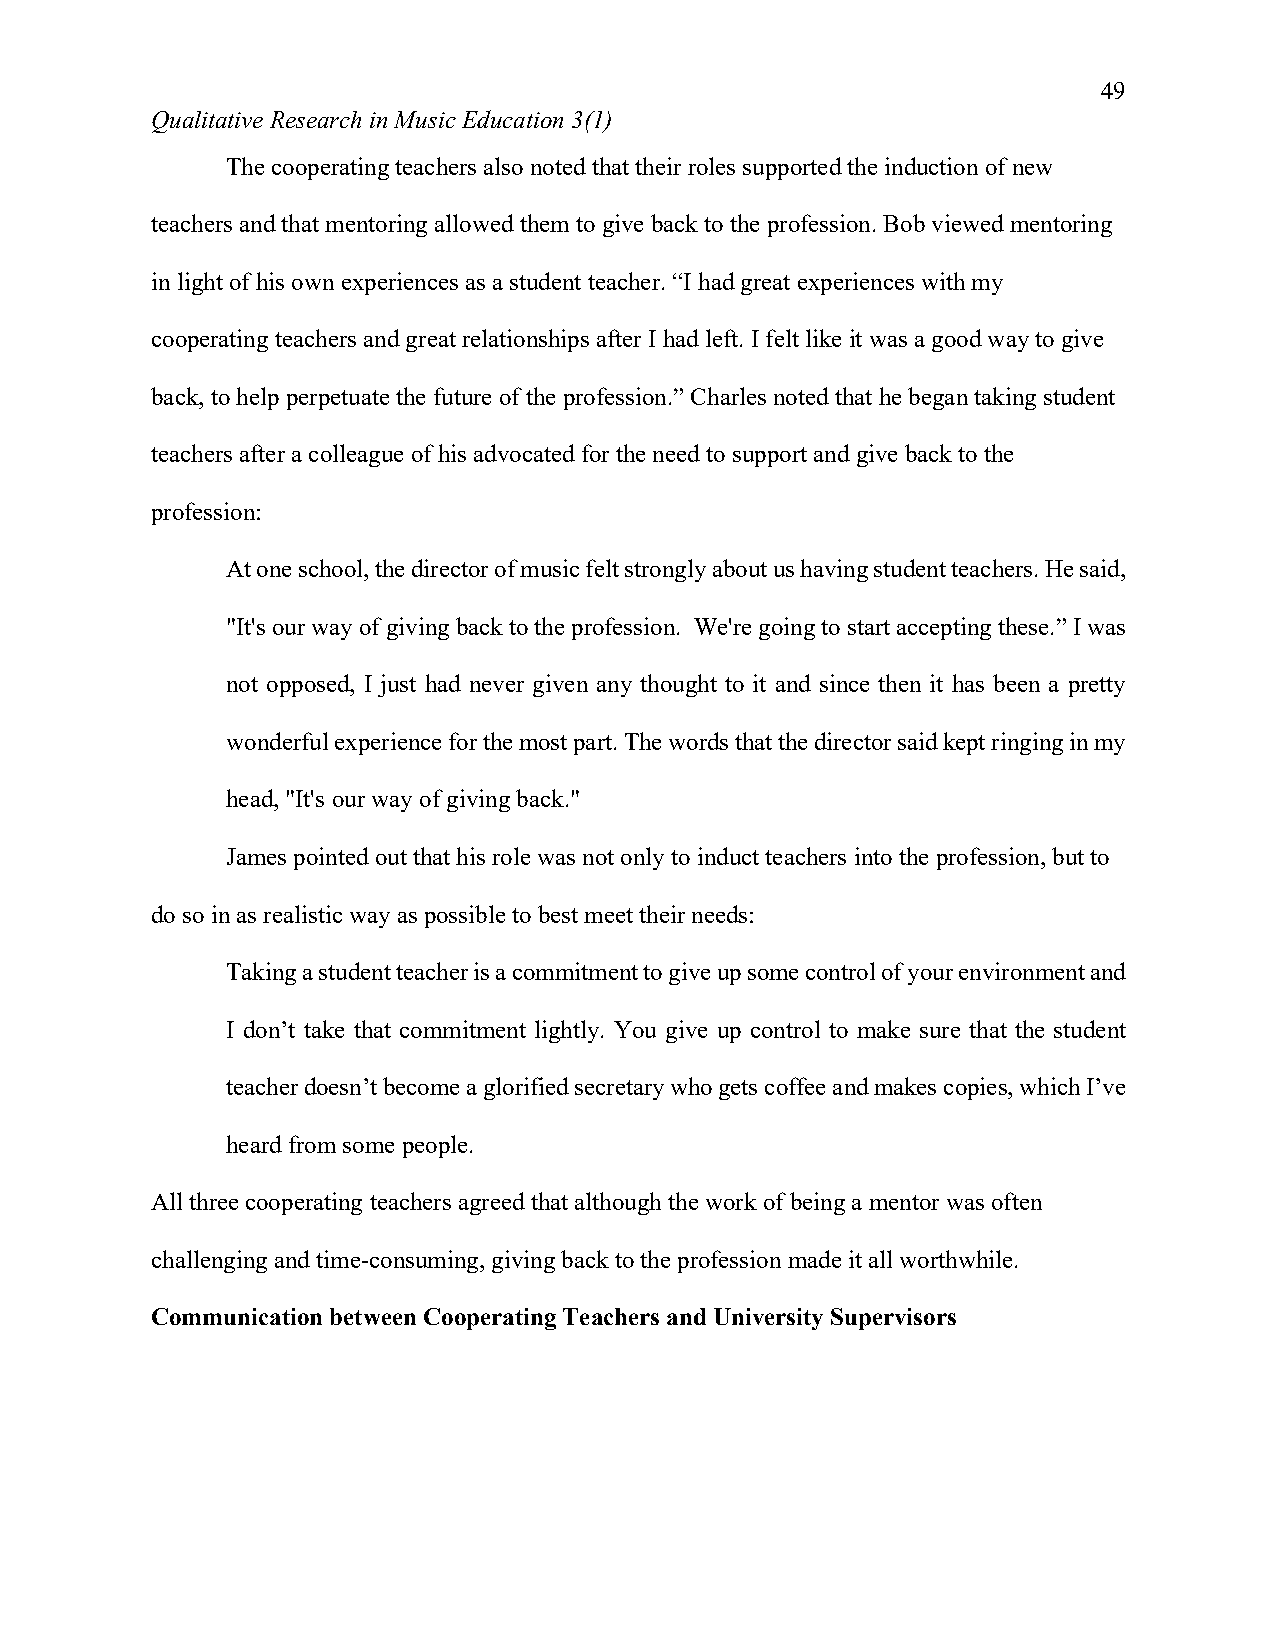
49
 Qualitative Research in Music Education 3(1)
 The cooperating teachers also noted that their roles supported the induction of new
 teachers and that mentoring allowed them to give back to the profession. Bob viewed mentoring
 in light of his own experiences as a student teacher. “I had great experiences with my
 cooperating teachers and great relationships after I had left. I felt like it was a good way to give
 back, to help perpetuate the future of the profession.” Charles noted that he began taking student
 teachers after a colleague of his advocated for the need to support and give back to the
 profession:
 At one school, the director of music felt strongly about us having student teachers. He said,
 "It's our way of giving back to the profession. We're going to start accepting these.” I was
 not opposed, I just had never given any thought to it and since then it has been a pretty
 wonderful experience for the most part. The words that the director said kept ringing in my
 head, "It's our way of giving back."
 James pointed out that his role was not only to induct teachers into the profession, but to
 do so in as realistic way as possible to best meet their needs:
 Taking a student teacher is a commitment to give up some control of your environment and
 I don’t take that commitment lightly. You give up control to make sure that the student
 teacher doesn’t become a glorified secretary who gets coffee and makes copies, which I’ve
 heard from some people.
 All three cooperating teachers agreed that although the work of being a mentor was often
 challenging and time-consuming, giving back to the profession made it all worthwhile.
 Communication between Cooperating Teachers and University Supervisors